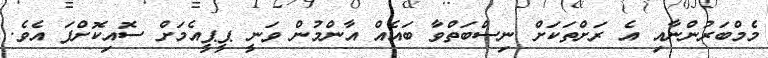
މެމްބަރުންނާއި އެ ރަށްތަކަށް ނިސްބަތްވާ ބައެއް އާންމުން ވަނީ ޕީޕީއެމަށް ސޮއިކޮށްފަ އެވެ.